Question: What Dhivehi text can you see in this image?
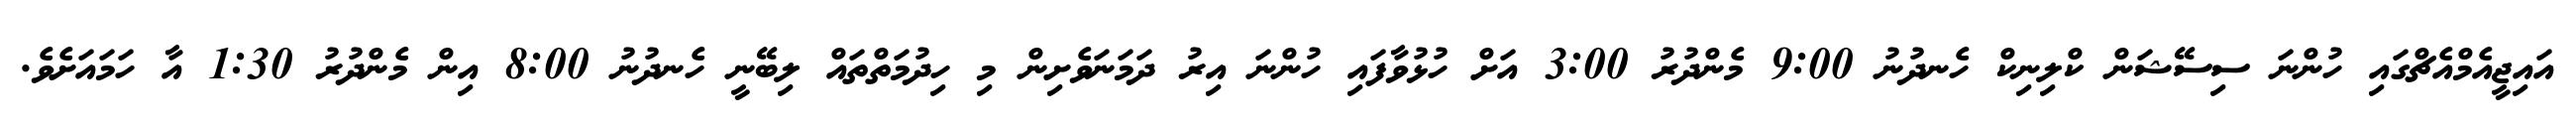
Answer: އައިޖީއެމްއެޗްގައި ހުންނަ ސިސޭޝަން ކްލިނިކް ހެނދުނު 9:00 މެންދުރު 3:00 އަށް ހުޅުވާފައި ހުންނަ އިރު ދަމަނަވެށިން މި ހިދުމަތްތައް ލިބޭނީ ހެނދުނު 8:00 އިން މެންދުރު 1:30 އާ ހަމައަށެވެ.